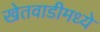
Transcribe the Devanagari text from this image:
खेतवाडीमध्ये